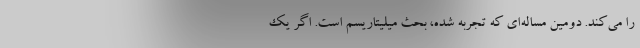
را می‌کند. دومین مساله‌ای که تجربه شده، بحث میلیتاریسم است. اگر یک